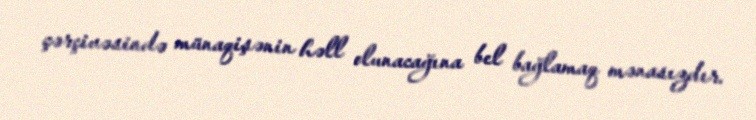
çərçivəsində münaqişənin həll olunacağına bel bağlamaq mənasızdır.